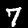
Digit: 7